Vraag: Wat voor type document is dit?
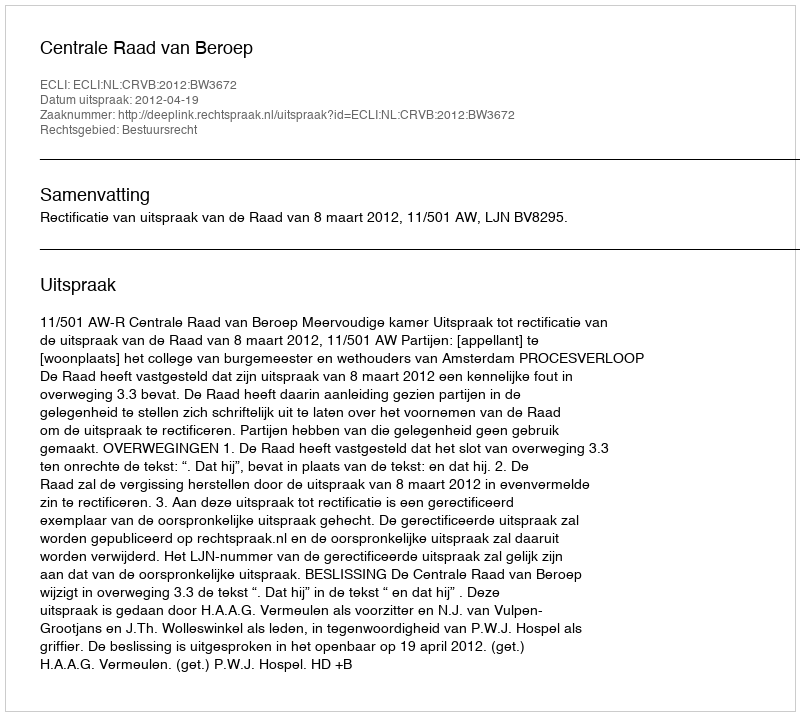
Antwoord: Uitspraak